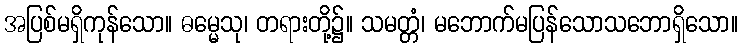
အပြစ်မရှိကုန်သော။ ဓမ္မေသု၊ တရားတို့၌။ သမတ္တံ၊ မဘောက်မပြန်သောသဘောရှိသော။